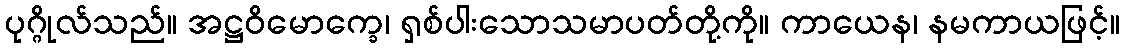
ပုဂ္ဂိုလ်သည်။ အဋ္ဌဝိမောက္ခေ၊ ရှစ်ပါးသောသမာပတ်တို့ကို။ ကာယေန၊ နမကာယဖြင့်။